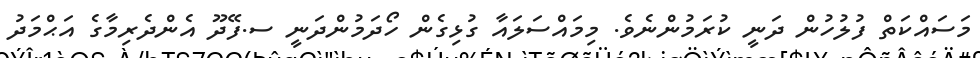
މަސައްކަތް ފުލުހުން ދަނީ ކުރަމުންނެވެ. މިމައްސަލައާ ގުޅިގެން ހޯދަމުންދަނީ ސ.ފޭދޫ އެންދެރިމާގެ އަޙްމަދު